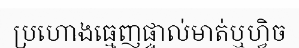
ប្រហោងធ្មេញផ្ទាល់មាត់ឬហ្វិច